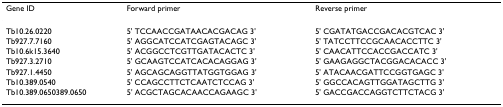
<table><thead><tr><td><b>Gene ID</b></td><td><b>Forward primer</b></td><td><b>Reverse primer</b></td></tr></thead><tbody><tr><td>Tb10.26.0220</td><td>5&#x27; TCCAACCGATAACACGACAG 3&#x27;</td><td>5&#x27; CGATATGACCGACACGTCAC 3&#x27;</td></tr><tr><td>Tb927.7.7160</td><td>5&#x27; AGGCATCCATCGAGTACAGC 3&#x27;</td><td>5&#x27; TATCCTTCCGCAACACCTTC 3&#x27;</td></tr><tr><td>Tb10.6k15.3640</td><td>5&#x27; ACGGCCTCGTTGATACACTC 3&#x27;</td><td>5&#x27; CAACATTCCACCGACCATC 3&#x27;</td></tr><tr><td>Tb927.3.2710</td><td>5&#x27; GCAAGTCCATCACACAGGAG 3&#x27;</td><td>5&#x27; GAAGAGGCTACGGACACACC 3&#x27;</td></tr><tr><td>Tb927.1.4450</td><td>5&#x27; AGCAGCAGGTTATGGTGGAG 3&#x27;</td><td>5&#x27; ATACAACGATTCCGGTGAGC 3&#x27;</td></tr><tr><td>Tb10.389.0540</td><td>5&#x27; CCAGCCTTCTCAATCTCCAG 3&#x27;</td><td>5&#x27; GGCCACAGTTGGATAGCTTG 3&#x27;</td></tr><tr><td>Tb10.389.0650389.0650</td><td>5&#x27; ACGCTAGCACAACCAGAAGC 3&#x27;</td><td>5&#x27; GACCGACCAGGTCTTCTACG 3&#x27;</td></tr></tbody></table>